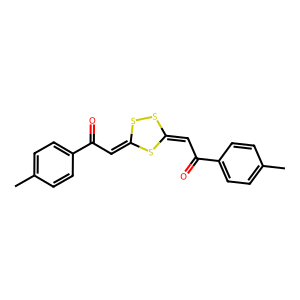
SMILES: Cc1ccc(C(=O)C=C2SSC(=CC(=O)c3ccc(C)cc3)S2)cc1
Inhibits HIV replication: No